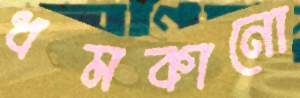
ধমকানো